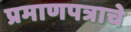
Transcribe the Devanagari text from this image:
प्रमाणपत्राचे